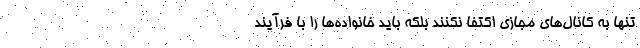
تنها به کانال‌های مجازی اکتفا نکنند بلکه باید خانواده‌ها را با فرآیند